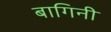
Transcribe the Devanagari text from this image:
बागिनी